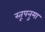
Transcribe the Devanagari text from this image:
स्तूपनुमा